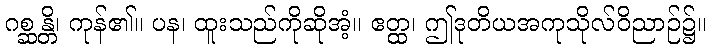
ဂစ္ဆန္တိ၊ ကုန်၏။ ပန၊ ထူးသည်ကိုဆိုအံ့။ ဧတ္ထ၊ ဤဒုတိယအကုသိုလ်ဝိညာဉ်၌။